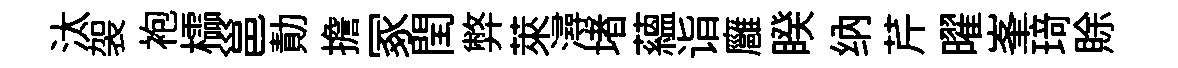
汰袈袍櫺邕勣擔冢閏弊萊潯堵蘊诣廱睽纳芹曜峯𤦺賖